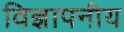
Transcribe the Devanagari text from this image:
विज्ञापनीय